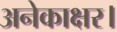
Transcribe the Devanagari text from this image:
अनेकाक्षर।